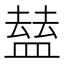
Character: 𥂊